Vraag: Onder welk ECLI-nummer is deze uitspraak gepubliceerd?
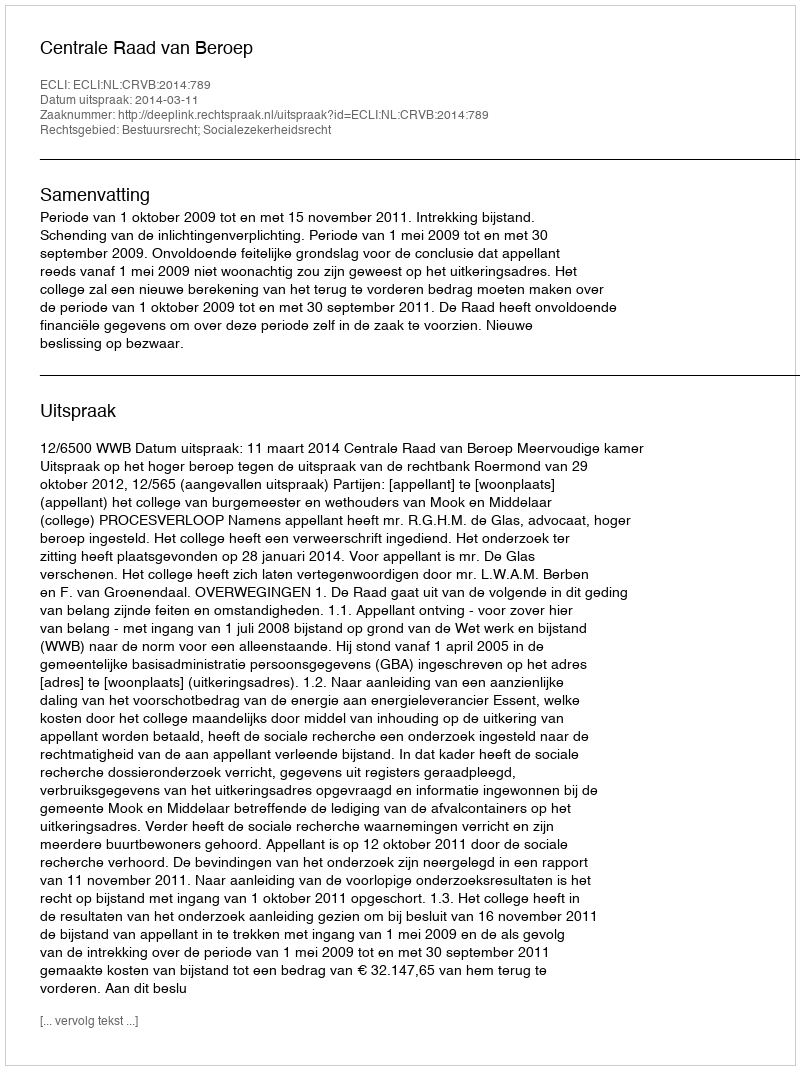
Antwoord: ECLI:NL:CRVB:2014:789